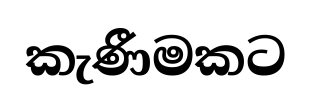
කැණීමකට